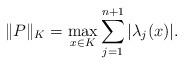
LaTeX: \begin{align*}\|P\|_K=\max_{x\in K}\sum_{j=1}^{n+1}|\lambda_j(x)|.\end{align*}